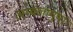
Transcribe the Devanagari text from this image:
अम्बलप्पुष़ा